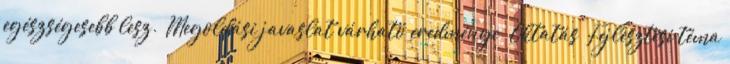
egészségesebb lesz.” Megoldási javaslat várható eredménye ▪„Oktatás” Fejlesztési téma